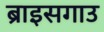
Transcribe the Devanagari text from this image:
ब्राइसगाउ